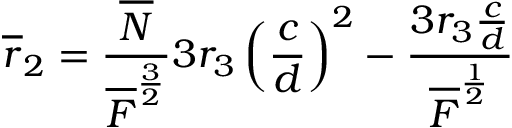
\overline { { { r } } } _ { 2 } = \frac { \overline { { { N } } } } { \overline { { { F } } } ^ { \frac { 3 } { 2 } } } 3 r _ { 3 } \left( \frac { c } { d } \right) ^ { 2 } - \frac { 3 r _ { 3 } \frac { c } { d } } { \overline { { { F } } } ^ { \frac { 1 } { 2 } } }